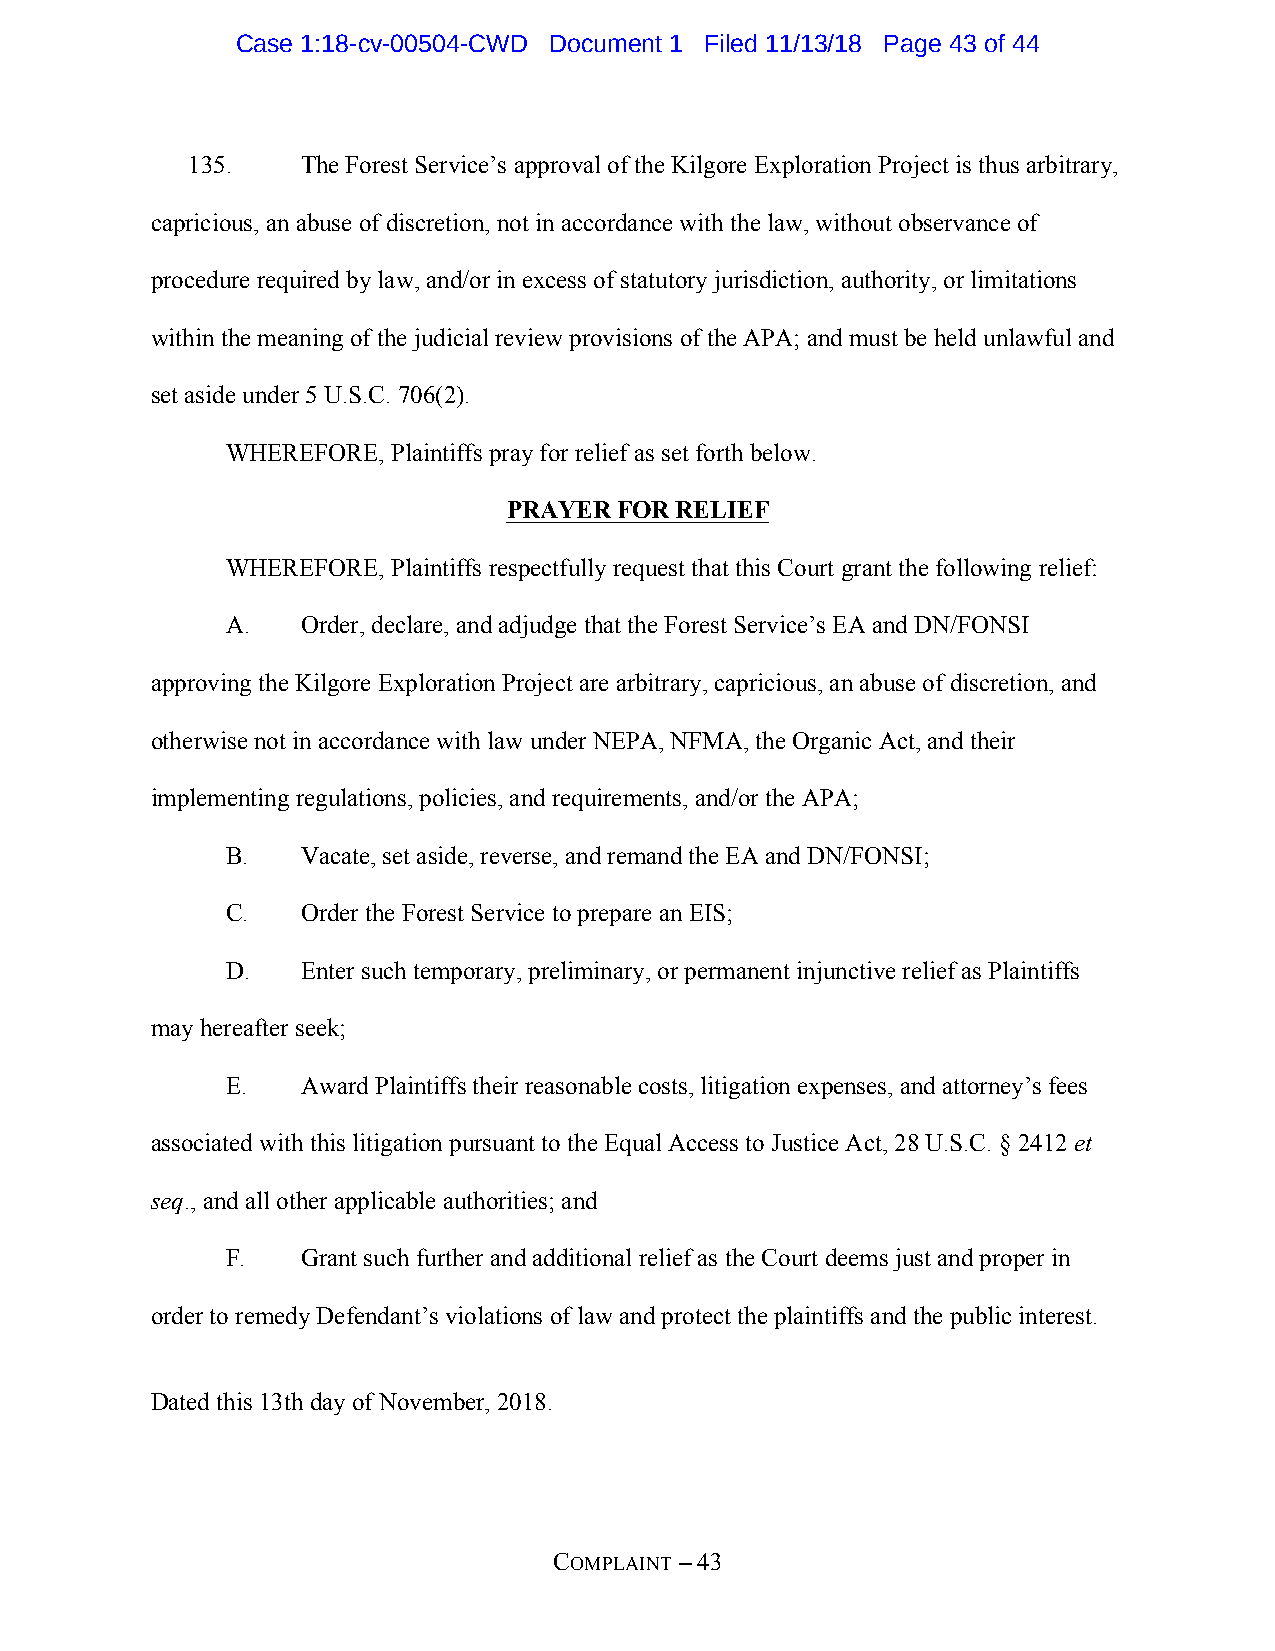
Case 1:18-cv-00504-CWD Document 1 Filed 11/13/18 Page 43 of 44
 135.    The Forest Service’s approval of the Kilgore Exploration Project is thus arbitrary,
 capricious, an abuse of discretion, not in accordance with the law, without observance of
 procedure required by law, and/or in excess of statutory jurisdiction, authority, or limitations
 within the meaning of the judicial review provisions of the APA; and must be held unlawful and
 set aside under 5 U.S.C. 706(2).
 WHEREFORE, Plaintiffs pray for relief as set forth below.
 PRAYER FOR RELIEF
 WHEREFORE, Plaintiffs respectfully request that this Court grant the following relief:
 A.   Order, declare, and adjudge that the Forest Service’s EA and DN/FONSI
 approving the Kilgore Exploration Project are arbitrary, capricious, an abuse of discretion, and
 otherwise not in accordance with law under NEPA, NFMA, the Organic Act, and their
 implementing regulations, policies, and requirements, and/or the APA;
 B.   Vacate, set aside, reverse, and remand the EA and DN/FONSI;
 C.   Order the Forest Service to prepare an EIS;
 D.   Enter such temporary, preliminary, or permanent injunctive relief as Plaintiffs
 may hereafter seek;
 E.   Award Plaintiffs their reasonable costs, litigation expenses, and attorney’s fees
 associated with this litigation pursuant to the Equal Access to Justice Act, 28 U.S.C. § 2412 et
 seq., and all other applicable authorities; and
 F.   Grant such further and additional relief as the Court deems just and proper in
 order to remedy Defendant’s violations of law and protect the plaintiffs and the public interest.
 Dated this 13th day of November, 2018.
 COMPLAINT – 43